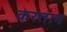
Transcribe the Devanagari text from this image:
करतान